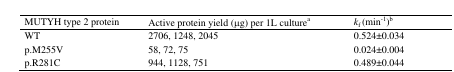
| MUTYH type 2 protein | Active protein yield (μg) per 1L culturea | kf(min−1)b |
 | --- | --- | --- |
 | WT | 2706, 1248,2045 | 0.524±0.034 |
 | p.M255V | 58,72,75 | 0.024±0.004 |
 | p.R281C | 944, 1128,751 | 0.489±0.044 |